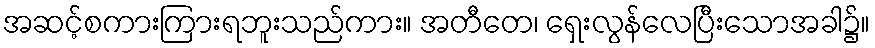
အဆင့်စကားကြားရဘူးသည်ကား။ အတီတေ၊ ရှေးလွန်လေပြီးသောအခါ၌။